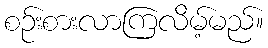
စဉ်းစားလာကြလိမ့်မည်။